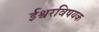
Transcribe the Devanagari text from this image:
ईश्वरविषयक